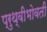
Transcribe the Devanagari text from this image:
प्रुथ्वीभोवती